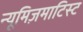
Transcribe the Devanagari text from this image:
न्यूमिज़माटिस्ट